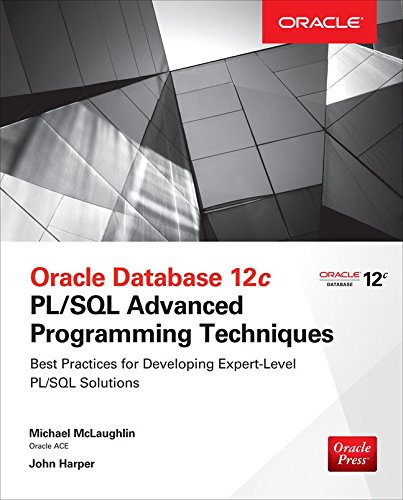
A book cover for Oracle Database 12c PL/SQL Advanced Programming Techniques; Michael McLaughlin; Computers & Technology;